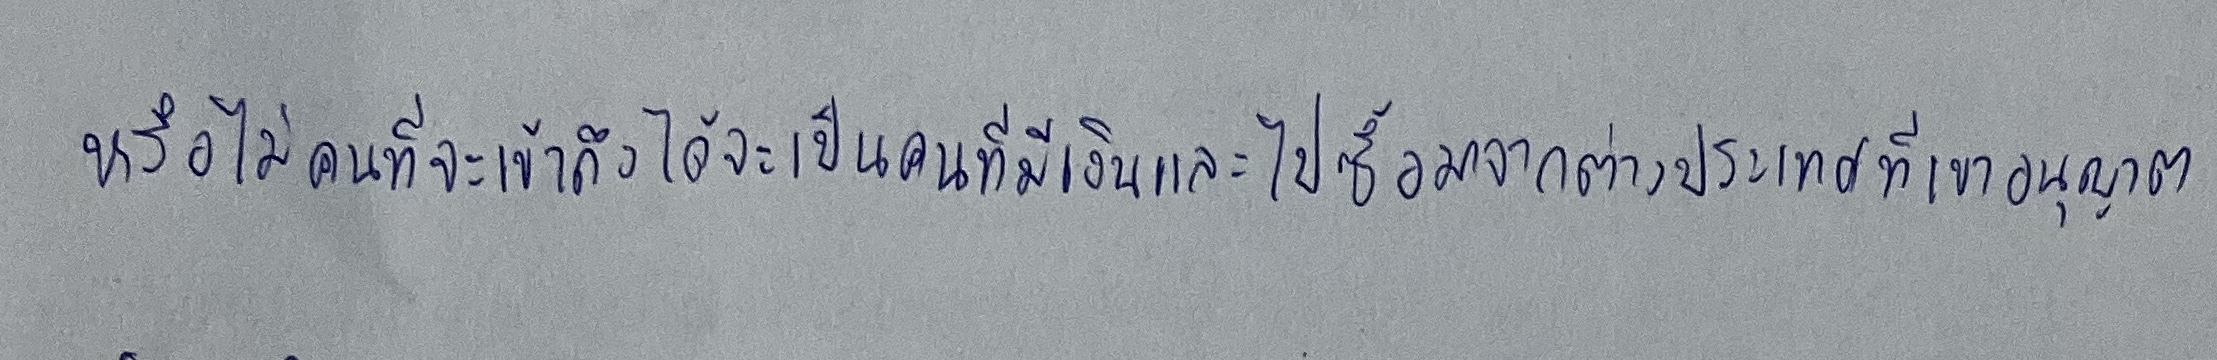
หรือไม่คนที่จะเข้าถึงได้จะเป็นคนที่มีเงินและไปซื้อมาจากต่างประเทศที่เขาอนุญาต